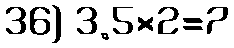
36) 3.5×2=7